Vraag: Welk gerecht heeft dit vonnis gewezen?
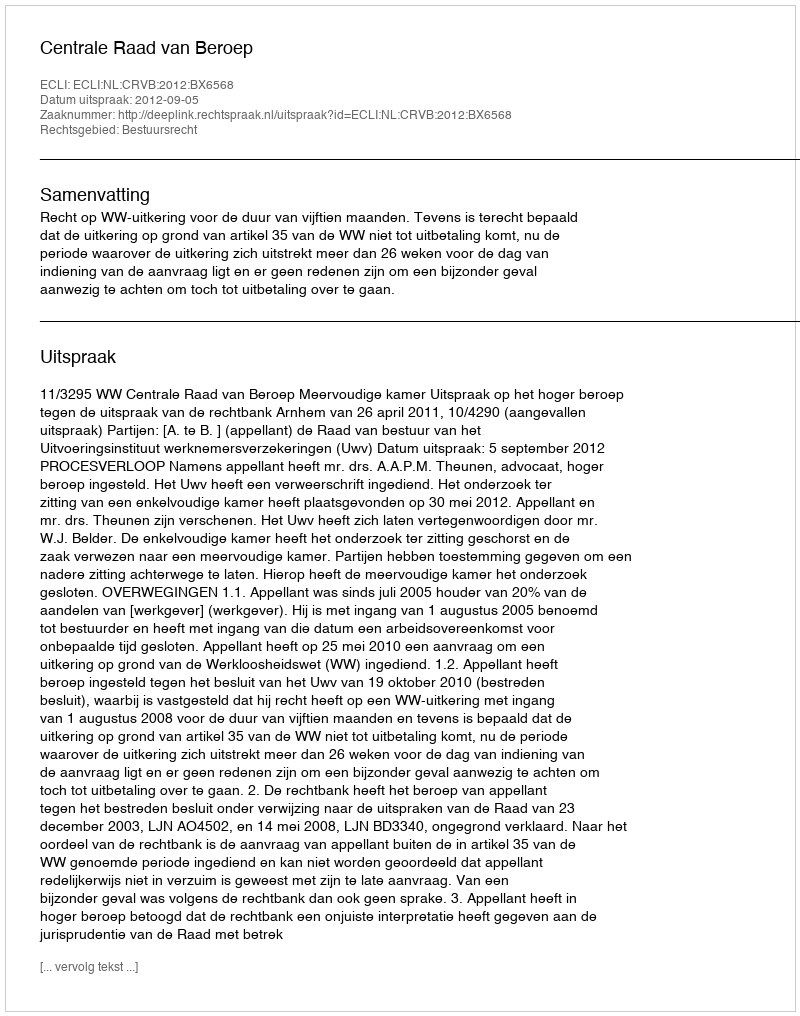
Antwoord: Centrale Raad van Beroep